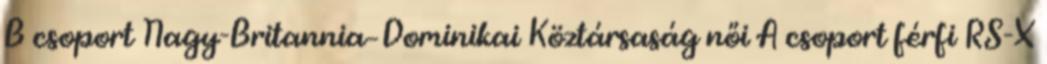
B csoport Nagy-Britannia–Dominikai Köztársaság női A csoport férfi RS-X